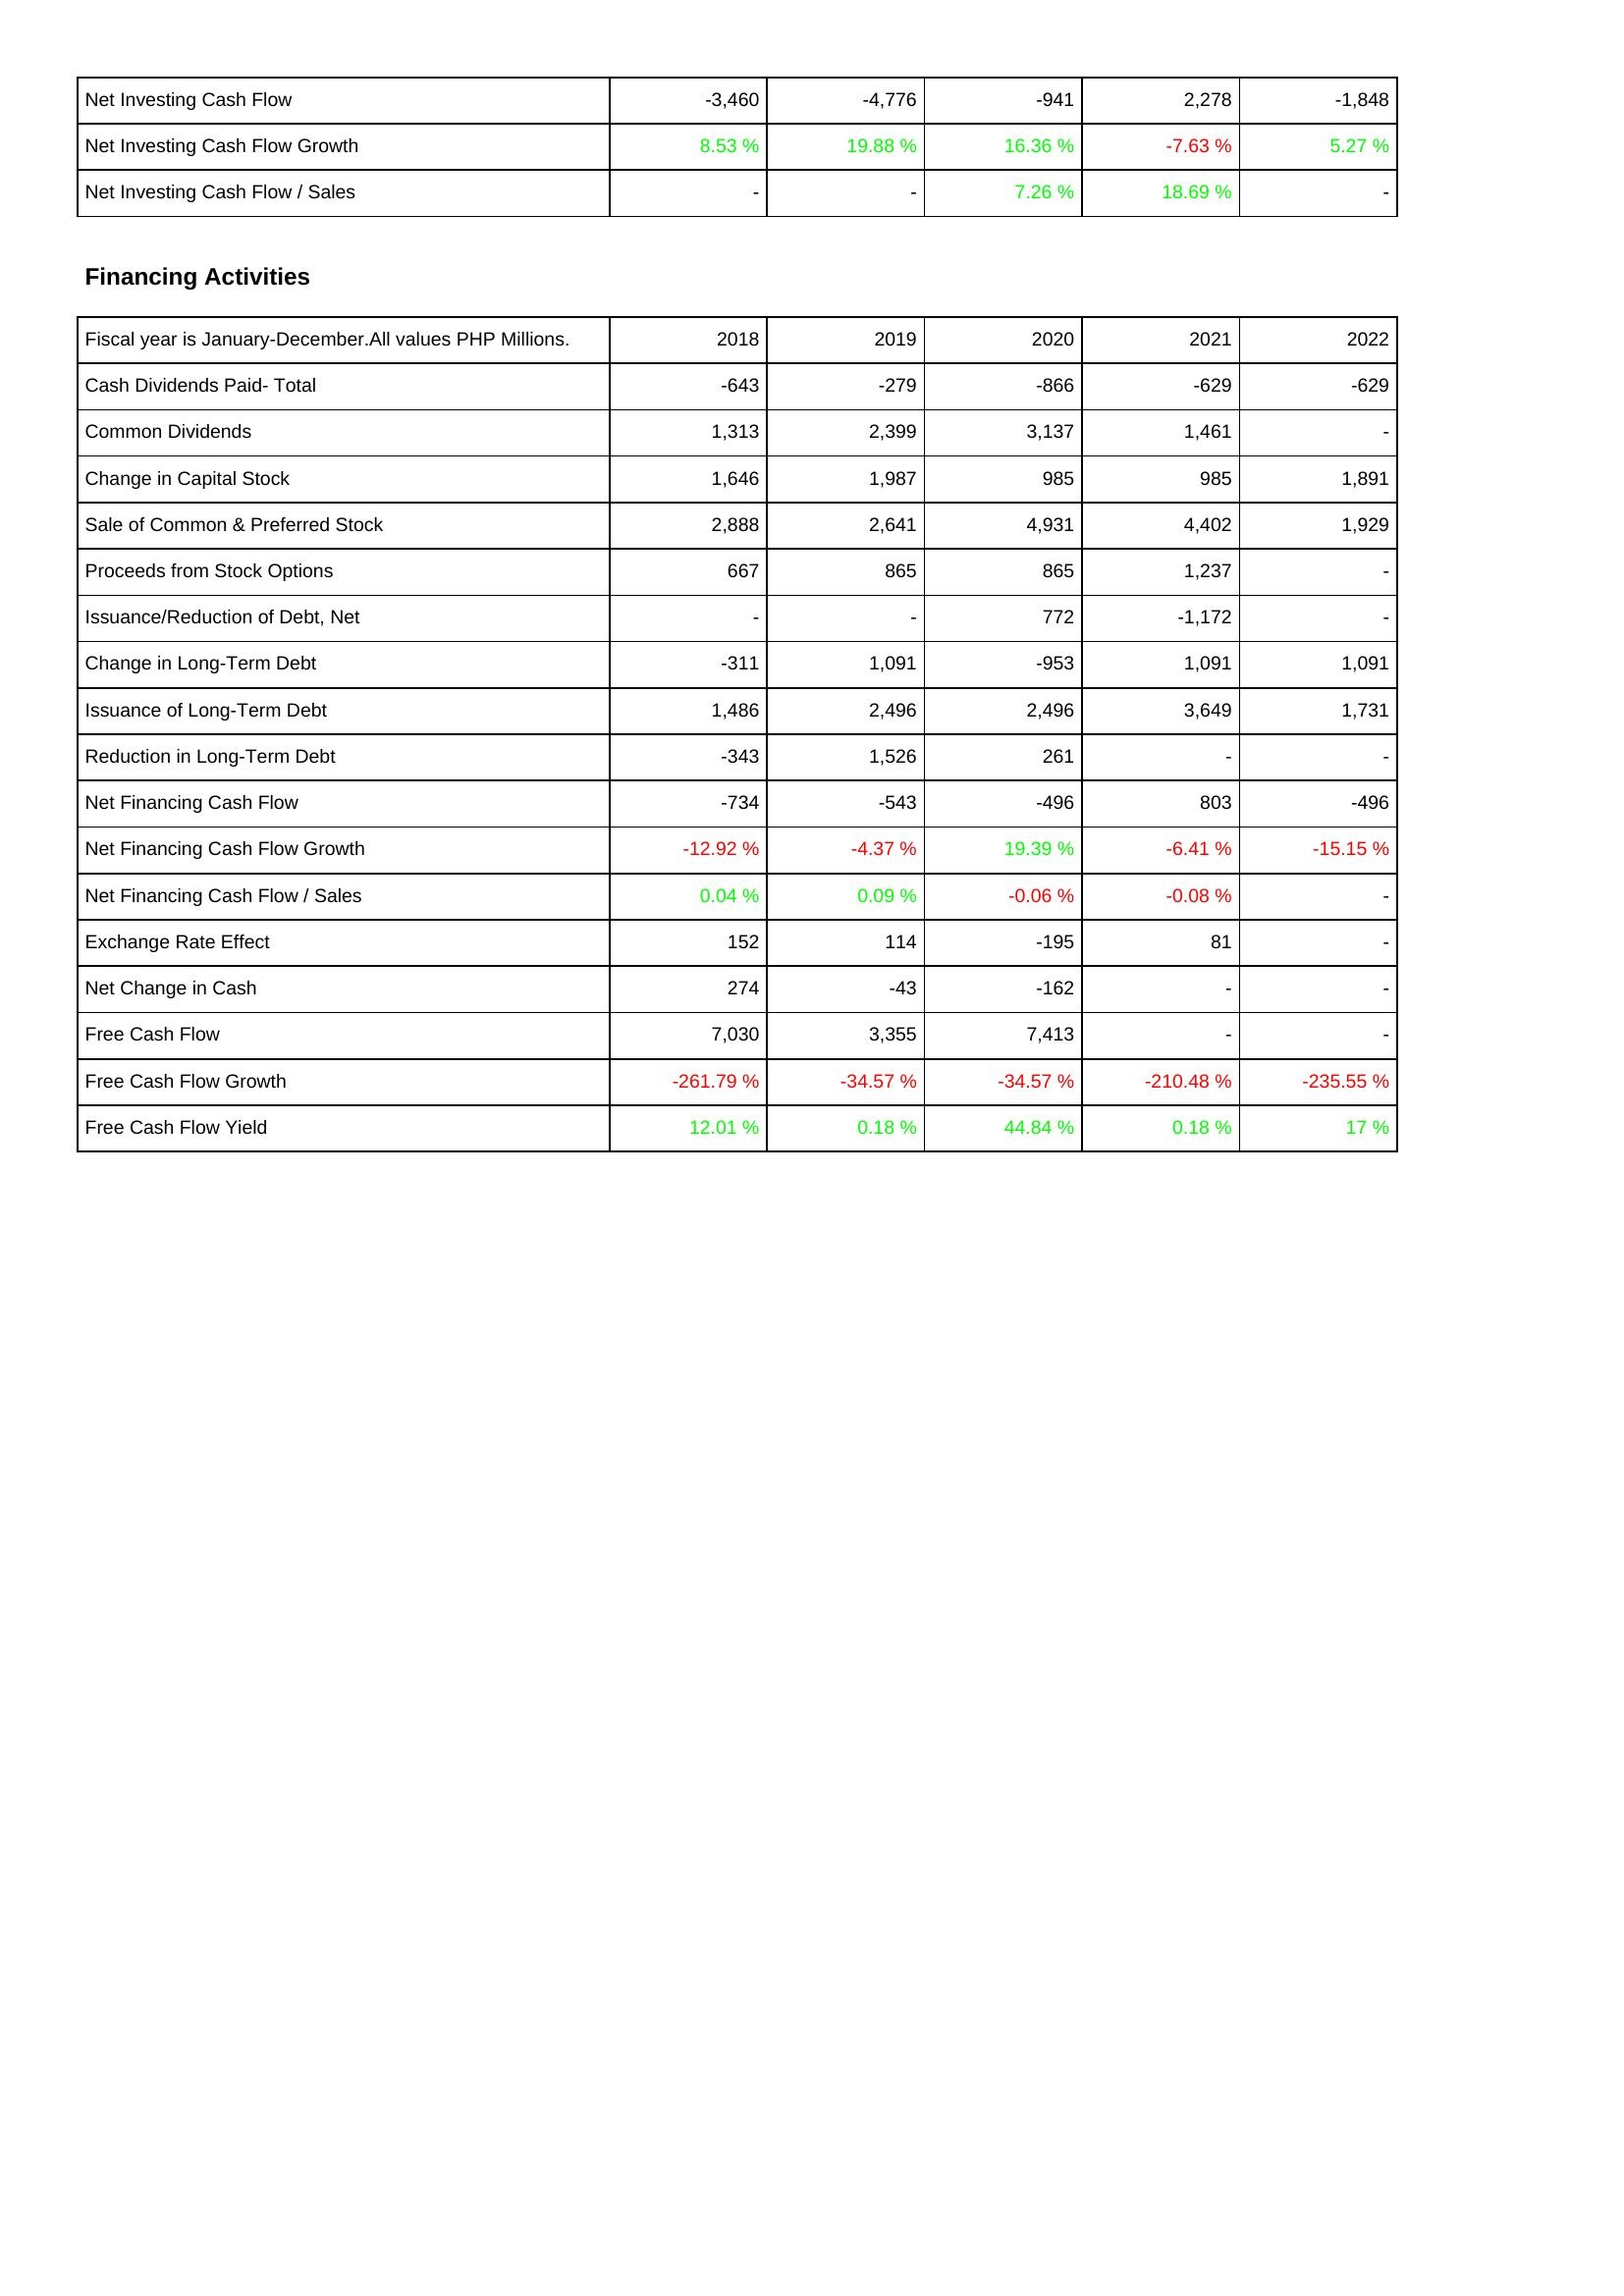
2018: Investing Activities: Net Investing Cash Flow: -3,460
Net Investing Cash Flow Growth: 8.53 %
Net Investing Cash Flow / Sales: -
Financing Activities: Cash Dividends Paid- Total: -643
Common Dividends: 1,313
Change in Capital Stock: 1,646
Sale of Common & Preferred Stock: 2,888
Proceeds from Stock Options: 667
Issuance/Reduction of Debt, Net: -
Change in Long-Term Debt: -311
Issuance of Long-Term Debt: 1,486
Reduction in Long-Term Debt: -343
Net Financing Cash Flow: -734
Net Financing Cash Flow Growth: -12.92 %
Net Financing Cash Flow / Sales: 0.04 %
Exchange Rate Effect: 152
Net Change in Cash: 274
Free Cash Flow: 7,030
Free Cash Flow Growth: -261.79 %
Free Cash Flow Yield: 12.01 %
2019: Investing Activities: Net Investing Cash Flow: -4,776
Net Investing Cash Flow Growth: 19.88 %
Net Investing Cash Flow / Sales: -
Financing Activities: Cash Dividends Paid- Total: -279
Common Dividends: 2,399
Change in Capital Stock: 1,987
Sale of Common & Preferred Stock: 2,641
Proceeds from Stock Options: 865
Issuance/Reduction of Debt, Net: -
Change in Long-Term Debt: 1,091
Issuance of Long-Term Debt: 2,496
Reduction in Long-Term Debt: 1,526
Net Financing Cash Flow: -543
Net Financing Cash Flow Growth: -4.37 %
Net Financing Cash Flow / Sales: 0.09 %
Exchange Rate Effect: 114
Net Change in Cash: -43
Free Cash Flow: 3,355
Free Cash Flow Growth: -34.57 %
Free Cash Flow Yield: 0.18 %
2020: Investing Activities: Net Investing Cash Flow: -941
Net Investing Cash Flow Growth: 16.36 %
Net Investing Cash Flow / Sales: 7.26 %
Financing Activities: Cash Dividends Paid- Total: -866
Common Dividends: 3,137
Change in Capital Stock: 985
Sale of Common & Preferred Stock: 4,931
Proceeds from Stock Options: 865
Issuance/Reduction of Debt, Net: 772
Change in Long-Term Debt: -953
Issuance of Long-Term Debt: 2,496
Reduction in Long-Term Debt: 261
Net Financing Cash Flow: -496
Net Financing Cash Flow Growth: 19.39 %
Net Financing Cash Flow / Sales: -0.06 %
Exchange Rate Effect: -195
Net Change in Cash: -162
Free Cash Flow: 7,413
Free Cash Flow Growth: -34.57 %
Free Cash Flow Yield: 44.84 %
2021: Investing Activities: Net Investing Cash Flow: 2,278
Net Investing Cash Flow Growth: -7.63 %
Net Investing Cash Flow / Sales: 18.69 %
Financing Activities: Cash Dividends Paid- Total: -629
Common Dividends: 1,461
Change in Capital Stock: 985
Sale of Common & Preferred Stock: 4,402
Proceeds from Stock Options: 1,237
Issuance/Reduction of Debt, Net: -1,172
Change in Long-Term Debt: 1,091
Issuance of Long-Term Debt: 3,649
Reduction in Long-Term Debt: -
Net Financing Cash Flow: 803
Net Financing Cash Flow Growth: -6.41 %
Net Financing Cash Flow / Sales: -0.08 %
Exchange Rate Effect: 81
Net Change in Cash: -
Free Cash Flow: -
Free Cash Flow Growth: -210.48 %
Free Cash Flow Yield: 0.18 %
2022: Investing Activities: Net Investing Cash Flow: -1,848
Net Investing Cash Flow Growth: 5.27 %
Net Investing Cash Flow / Sales: -
Financing Activities: Cash Dividends Paid- Total: -629
Common Dividends: -
Change in Capital Stock: 1,891
Sale of Common & Preferred Stock: 1,929
Proceeds from Stock Options: -
Issuance/Reduction of Debt, Net: -
Change in Long-Term Debt: 1,091
Issuance of Long-Term Debt: 1,731
Reduction in Long-Term Debt: -
Net Financing Cash Flow: -496
Net Financing Cash Flow Growth: -15.15 %
Net Financing Cash Flow / Sales: -
Exchange Rate Effect: -
Net Change in Cash: -
Free Cash Flow: -
Free Cash Flow Growth: -235.55 %
Free Cash Flow Yield: 17 %